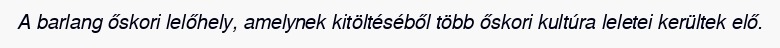
A barlang őskori lelőhely, amelynek kitöltéséből több őskori kultúra leletei kerültek elő.